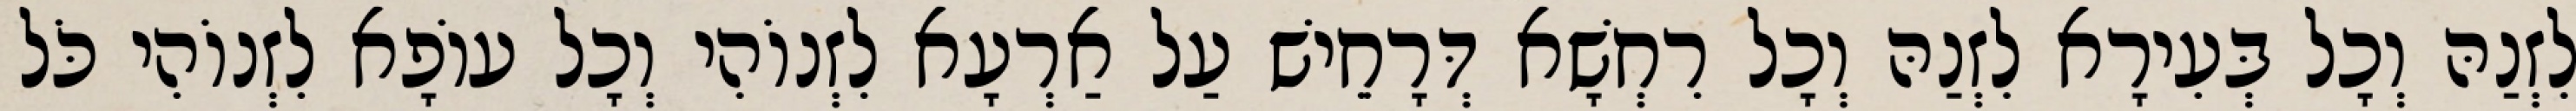
לִזְנַהּ וְכָל בְּעִירָא לִזְנַהּ וְכָל רִחְשָׁא דְּרָחֵישׁ עַל אַרְעָא לִזְנוֹהִי וְכָל עוֹפָא לִזְנוֹהִי כֹּל